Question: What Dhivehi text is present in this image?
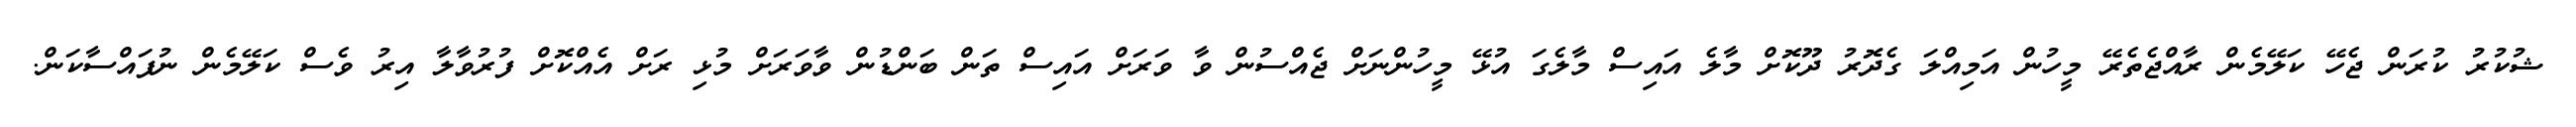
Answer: ޝުކުރު ކުރަން ޖެހޭ ކަލޭމެން ރާއްޖެތެރޭ މީހުން އަމިއްލަ ގެދޮރު ދޫކޮށް މާލެ އައިސް މާލެގަ އުޅޭ މީހުންނަށް ޖެއްސުން ވާ ވަރަށް އައިސް ތަން ބަންޑުން ވާވަރަށް މުޅި ރަށް އެއްކޮށް ފުރުވާލާ އިރު ވެސް ކަލޭމެން ނުފައްސާކަން.